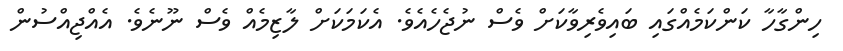
ހިންގާހާ ކަންކަމެއްގައި ބައިވެރިވާކަށް ވެސް ނުޖެހެއެވެ. އެކަމަކަށް ލާޒިމެއް ވެސް ނޫނެވެ. އެއްޖިއްސުން